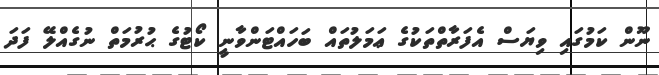
ނޫން ކަމުގައި ވިޔަސް އެފަރާތްތަކުގެ ޢަމަލުތައް ބަހައްޓަންވާނީ ކޯޓުގެ ޙުރުމަތް ނުގެއްލޭ ފަދަ